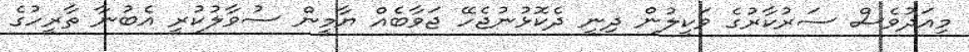
މިއަދުވެސް ސަރުކާރުގެ ވަކީލުން ދިނީ ދެކޮޅުނުޖެހޭ ޖަވާބެއް ޔާމީން ސުވާލުކުރީ އެބުނާ ތާރީހުގެ